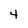
Character: 4